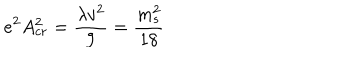
e ^ { 2 } A _ { c r } ^ { 2 } = { \frac { \lambda v ^ { 2 } } { 9 } } = { \frac { m _ { s } ^ { 2 } } { 1 8 } }